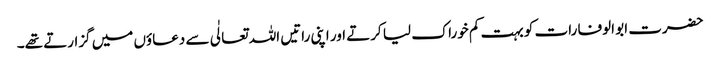
حضرت ابو الوفا رات کو بہت کم خوراک لیا کرتے اور اپنی راتیں اللہ تعالٰی سے دعاؤں میں گزارتے تھے۔